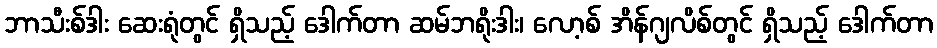
ဘာသီးစ်ဒါး ဆေးရုံတွင် ရှိသည့် ဒေါက်တာ ဆမ်ဘရိုးဒါး၊ လော့စ် အိန်ဂျလိစ်တွင် ရှိသည့် ဒေါက်တာ